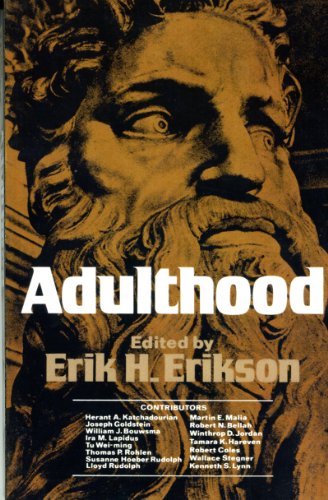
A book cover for Adulthood: Essays; Medical Books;